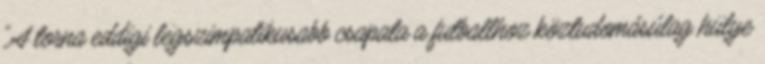
"A torna eddigi legszimpatikusabb csapata a futballhoz köztudomásúlag hülye